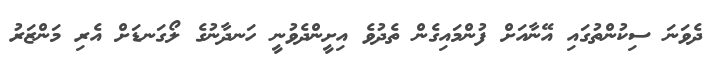
ދެވަނަ ސިކުންތުގައި އޭނާއަށް ފުންމައިގެން ތެދުވެ އިށީންދެވުނީ ހަނދާނުގެ ލޯގަނޑަށް އެރި މަންޒަރު